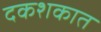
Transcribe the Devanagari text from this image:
दकशकात